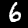
Digit: 6